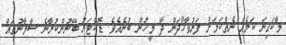
މާކަގިނަ ކަމެއް ނެތްކަމަށް ފަރުވާހޯދަން ދާ މީހުން ބުނެއެވެ. ޑޮކްޓަރު ބޭނުންކުރާނެ ސާމާނުތައް